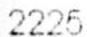
2225